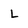
Character: l